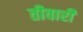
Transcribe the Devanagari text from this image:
तीवारी